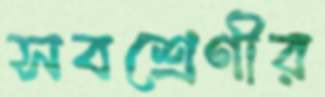
সবশ্রেণীর